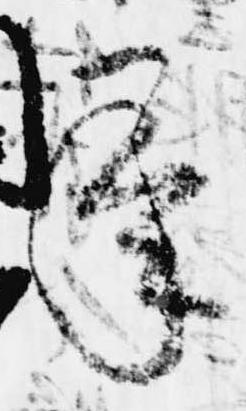
承